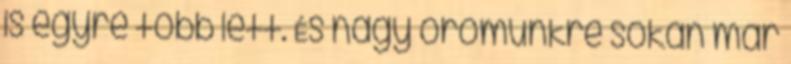
is egyre több lett. És nagy örömünkre sokan már